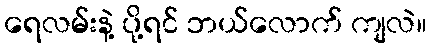
ရေလမ်းနဲ့ ပို့ရင် ဘယ်လောက် ကျလဲ။